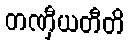
တဏှီယတီတိ